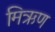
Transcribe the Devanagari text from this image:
मिऋण